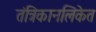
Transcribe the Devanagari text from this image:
तंत्रिकानलिकेत